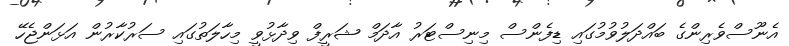
އެނޫސްވެރިންގެ ބައްދަލުވުމުގައި ޑިފެންސް މިނިސްޓަރު އާދަމް ޝަރީފް ވިދާޅުވީ މިހާލަތުގައި ސަރުކާރުން އަޅަންޖެހޭ